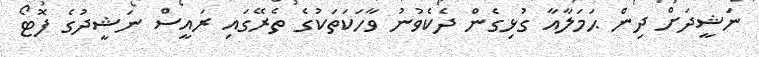
ނަޝީދަށް ދިން ޙަމަލާއާ ގުޅިގެން ދެކެވުނު ވާހަކަތަކުގެ ތެރޭގައި ރައީސް ނަޝީދުގެ ފޮޓޯ